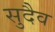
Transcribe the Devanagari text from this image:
सुदैव